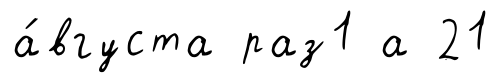
а́вгуста раз1 а 21